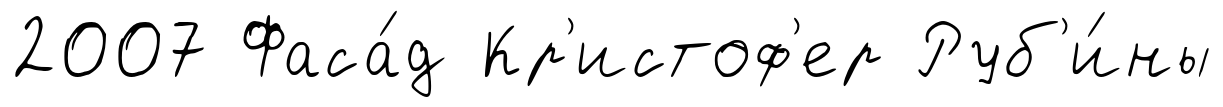
2007 Фаса́д Кр'истоф'ер Руб'и́ны